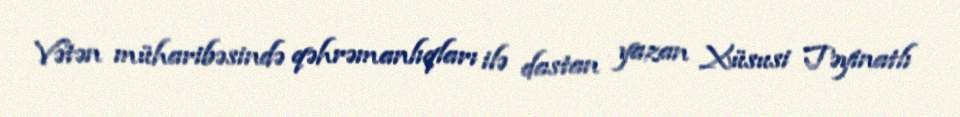
Vətən müharibəsində qəhrəmanlıqları ilə dastan yazan Xüsusi Təyinatlı